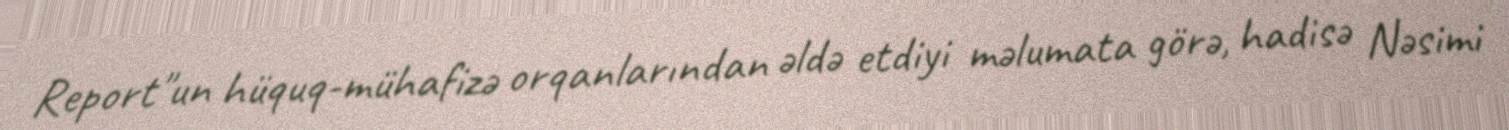
Report"un hüquq-mühafizə orqanlarından əldə etdiyi məlumata görə, hadisə Nəsimi